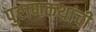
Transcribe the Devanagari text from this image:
पुराणकथांची